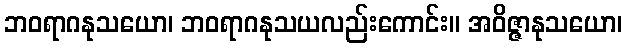
ဘဝရာဂနုသယော၊ ဘဝရာဂနုသယလည်းကောင်း။ အဝိဇ္ဇာနုသယော၊